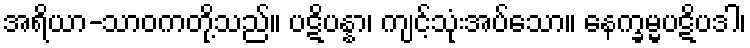
အရိယာ-သာဝကတို့သည်။ ပဋိပန္နာ၊ ကျင့်သုံးအပ်သော။ နေက္ခမ္မပဋိပဒါ၊